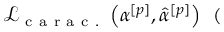
\mathcal { L } _ { \mathrm { ~ c ~ a ~ r ~ a ~ c ~ . ~ } } \left( \alpha ^ { [ p ] } , \widehat { \alpha } ^ { [ p ] } \right) \, \, \, ( \